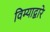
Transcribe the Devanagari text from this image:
विम्याद्वारे